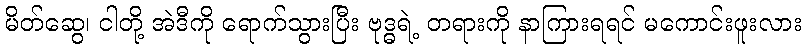
မိတ်ဆွေ၊ ငါတို့ အဲဒီကို ရောက်သွားပြီး ဗုဒ္ဓရဲ့ တရားကို နာကြားရရင် မကောင်းဖူးလား